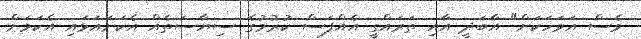
ވެސް އަވަހަކަށް" އާބަދީ އާއި ތަރައްގީ އެއްފަސް ކުރުމުގެ ސިޔާސަތެއް އެކަށައަޅައި އެކަމަށް